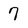
Character: 7